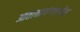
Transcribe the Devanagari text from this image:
आताचाबांगलादेश